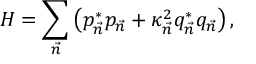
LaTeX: { \cal H } = \sum _ { \vec { n } } \left( p _ { \vec { n } } ^ { * } p _ { \vec { n } } + \kappa _ { \vec { n } } ^ { 2 } q _ { \vec { n } } ^ { * } q _ { \vec { n } } \right) ,